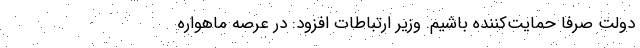
دولت صرفا حمایت‌کننده باشیم. وزیر ارتباطات افزود: در عرصه ماهواره